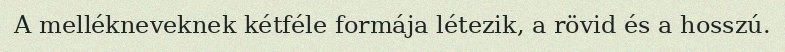
A mellékneveknek kétféle formája létezik, a rövid és a hosszú.